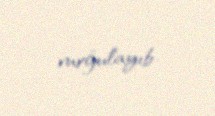
vurğulayıb.